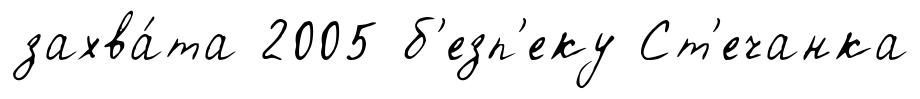
захва́та 2005 б'езп'еку Ст'ечанка